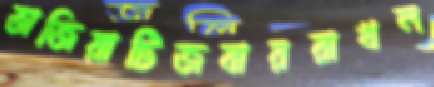
তাজিয়াটিজবাররাখল